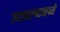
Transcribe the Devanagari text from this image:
उदाहरणामध्ये